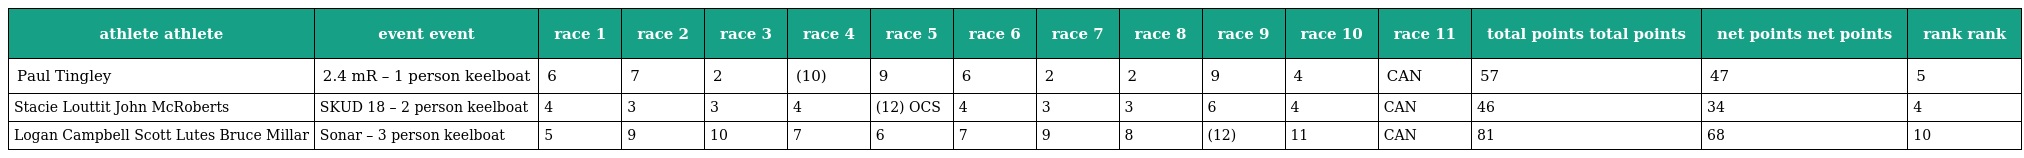
| athlete athlete | event event | race 1 | race 2 | race 3 | race 4 | race 5 | race 6 | race 7 | race 8 | race 9 | race 10 | race 11 | total points total points | net points net points | rank rank |
 | --- | --- | --- | --- | --- | --- | --- | --- | --- | --- | --- | --- | --- | --- | --- | --- |
 | Paul Tingley | 2.4 mR – 1 person keelboat | 6 | 7 | 2 | (10) | 9 | 6 | 2 | 2 | 9 | 4 | CAN | 57 | 47 | 5 |
 | Stacie Louttit John McRoberts | SKUD 18 – 2 person keelboat | 4 | 3 | 3 | 4 | (12) OCS | 4 | 3 | 3 | 6 | 4 | CAN | 46 | 34 | 4 |
 | Logan Campbell Scott Lutes Bruce Millar | Sonar – 3 person keelboat | 5 | 9 | 10 | 7 | 6 | 7 | 9 | 8 | (12) | 11 | CAN | 81 | 68 | 10 |